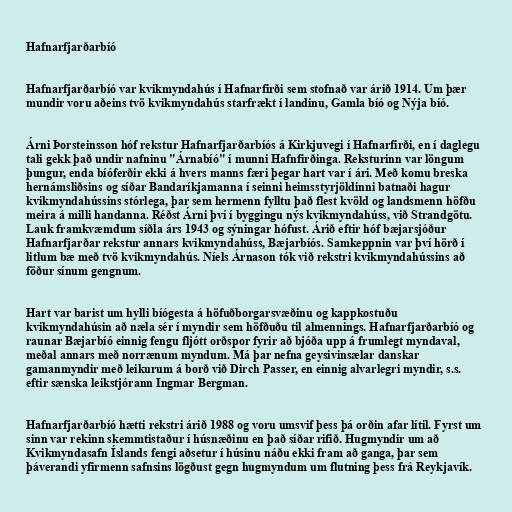
Hafnarfjarðarbíó

Hafnarfjarðarbíó var kvikmyndahús í Hafnarfirði sem stofnað var árið 1914. Um þær
mundir voru aðeins tvö kvikmyndahús starfrækt í landinu, Gamla bíó og Nýja bíó.

Árni Þorsteinsson hóf rekstur Hafnarfjarðarbíós á Kirkjuvegi í Hafnarfirði, en í daglegu
tali gekk það undir nafninu "Árnabíó" í munni Hafnfirðinga. Reksturinn var löngum
þungur, enda bíóferðir ekki á hvers manns færi þegar hart var í ári. Með komu breska
hernámsliðsins og síðar Bandaríkjamanna í seinni heimsstyrjöldinni batnaði hagur
kvikmyndahússins stórlega, þar sem hermenn fylltu það flest kvöld og landsmenn höfðu
meira á milli handanna. Réðst Árni því í byggingu nýs kvikmyndahúss, við Strandgötu.
Lauk framkvæmdum síðla árs 1943 og sýningar hófust. Árið eftir hóf bæjarsjóður
Hafnarfjarðar rekstur annars kvikmyndahúss, Bæjarbíós. Samkeppnin var því hörð í
litlum bæ með tvö kvikmyndahús. Níels Árnason tók við rekstri kvikmyndahússins að
föður sínum gengnum.

Hart var barist um hylli bíógesta á höfuðborgarsvæðinu og kappkostuðu
kvikmyndahúsin að næla sér í myndir sem höfðuðu til almennings. Hafnarfjarðarbíó og
raunar Bæjarbíó einnig fengu fljótt orðspor fyrir að bjóða upp á frumlegt myndaval,
meðal annars með norrænum myndum. Má þar nefna geysivinsælar danskar
gamanmyndir með leikurum á borð við Dirch Passer, en einnig alvarlegri myndir, s.s.
eftir sænska leikstjórann Ingmar Bergman.

Hafnarfjarðarbíó hætti rekstri árið 1988 og voru umsvif þess þá orðin afar lítil. Fyrst um
sinn var rekinn skemmtistaður í húsnæðinu en það síðar rifið. Hugmyndir um að
Kvikmyndasafn Íslands fengi aðsetur í húsinu náðu ekki fram að ganga, þar sem
þáverandi yfirmenn safnsins lögðust gegn hugmyndum um flutning þess frá Reykjavík.